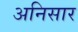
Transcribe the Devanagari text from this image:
अनिसार